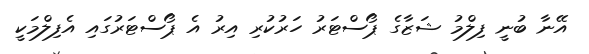
އޭނާ ބުނީ ފިލްމު ޝަޒާގެ ޕޯސްޓަރު ހަރުކުރި އިރު އެ ޕޯސްޓަރުގައި އެފިލްމަކީ